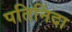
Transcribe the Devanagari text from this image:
पतिनिंदा